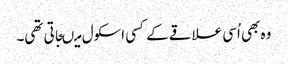
وہ بھی اُسی علاقے کے کسی اسکول میںجاتی تھی۔